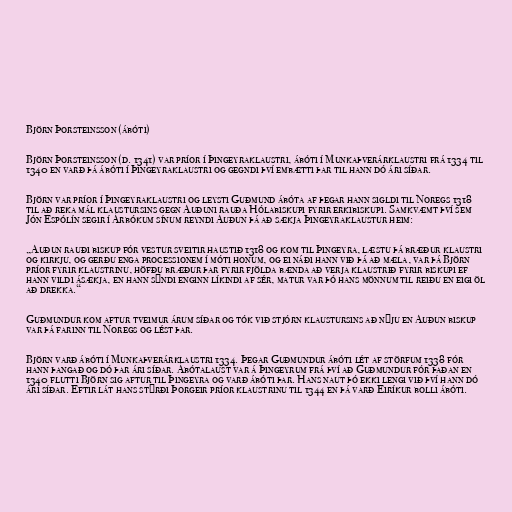
Björn Þorsteinsson (ábóti)

Björn Þorsteinsson (d. 1341) var príor í Þingeyraklaustri, ábóti í Munkaþverárklaustri frá 1334 til
1340 en varð þá ábóti í Þingeyraklaustri og gegndi því embætti þar til hann dó ári síðar.

Björn var príor í Þingeyraklaustri og leysti Guðmund ábóta af þegar hann sigldi til Noregs 1318
til að reka mál klaustursins gegn Auðuni rauða Hólabiskupi fyrir erkibiskupi. Samkvæmt því sem
Jón Espólín segir í Árbókum sínum reyndi Auðun þá að sækja Þingeyraklaustur heim:

„Auðun rauði biskup fór vestur sveitir haustið 1318 og kom til Þingeyra, læstu þá bræður klaustri
og kirkju, og gerðu enga processionem í móti honum, og ei náði hann við þá að mæla, var þá Björn
príor fyrir klaustrinu, höfðu bræður þar fyrir fjölda bænda að verja klaustrið fyrir biskupi ef
hann vildi ásækja, en hann sýndi enginn líkindi af sér, matur var þó hans mönnum til reiðu en eigi öl
að drekka.“

Guðmundur kom aftur tveimur árum síðar og tók við stjórn klaustursins að nýju en Auðun biskup
var þá farinn til Noregs og lést þar.

Björn varð ábóti í Munkaþverárklaustri 1334. Þegar Guðmundur ábóti lét af störfum 1338 fór
hann þangað og dó þar ári síðar. Ábótalaust var á Þingeyrum frá því að Guðmundur fór þaðan en
1340 flutti Björn sig aftur til Þingeyra og varð ábóti þar. Hans naut þó ekki lengi við því hann dó
ári síðar. Eftir lát hans stýrði Þorgeir príor klaustrinu til 1344 en þá varð Eiríkur bolli ábóti.